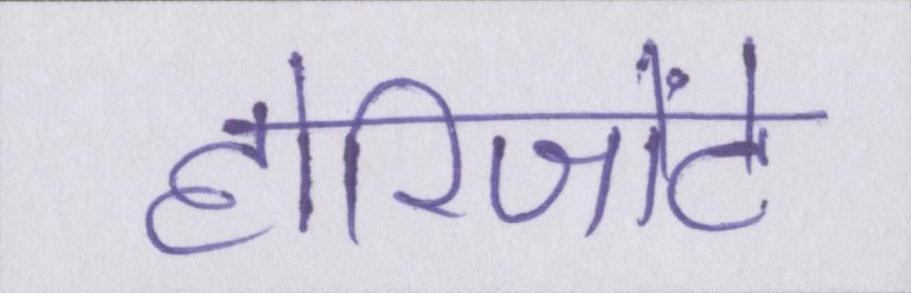
होरिजोंटे